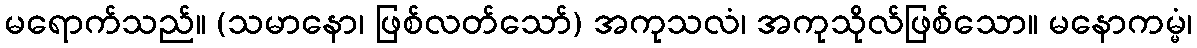
မရောက်သည်။ (သမာနော၊ ဖြစ်လတ်သော်) အကုသလံ၊ အကုသိုလ်ဖြစ်သော။ မနောကမ္မံ၊